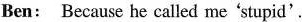
Ben: Because he called me 'stupid'.